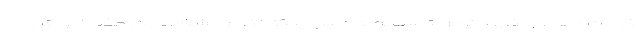
خدمت دهد. او اظهار کرد: متاسفانه به دلیل اینکه نظام مشخصی در جذب آموزش